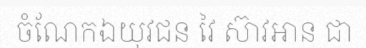
ចំណែកឯយុវជន វៃ ស៊ាវអាន ជា